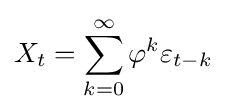
X_{t}=\sum _{k=0}^{\infty }\varphi ^{k}\varepsilon _{t-k}